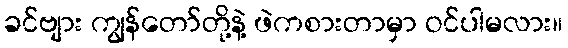
ခင်ဗျား ကျွန်တော်တို့နဲ့ ဖဲကစားတာမှာ ဝင်ပါမလား။